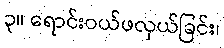
၃။ ရောင်းဝယ်ဖလှယ်ခြင်း၊